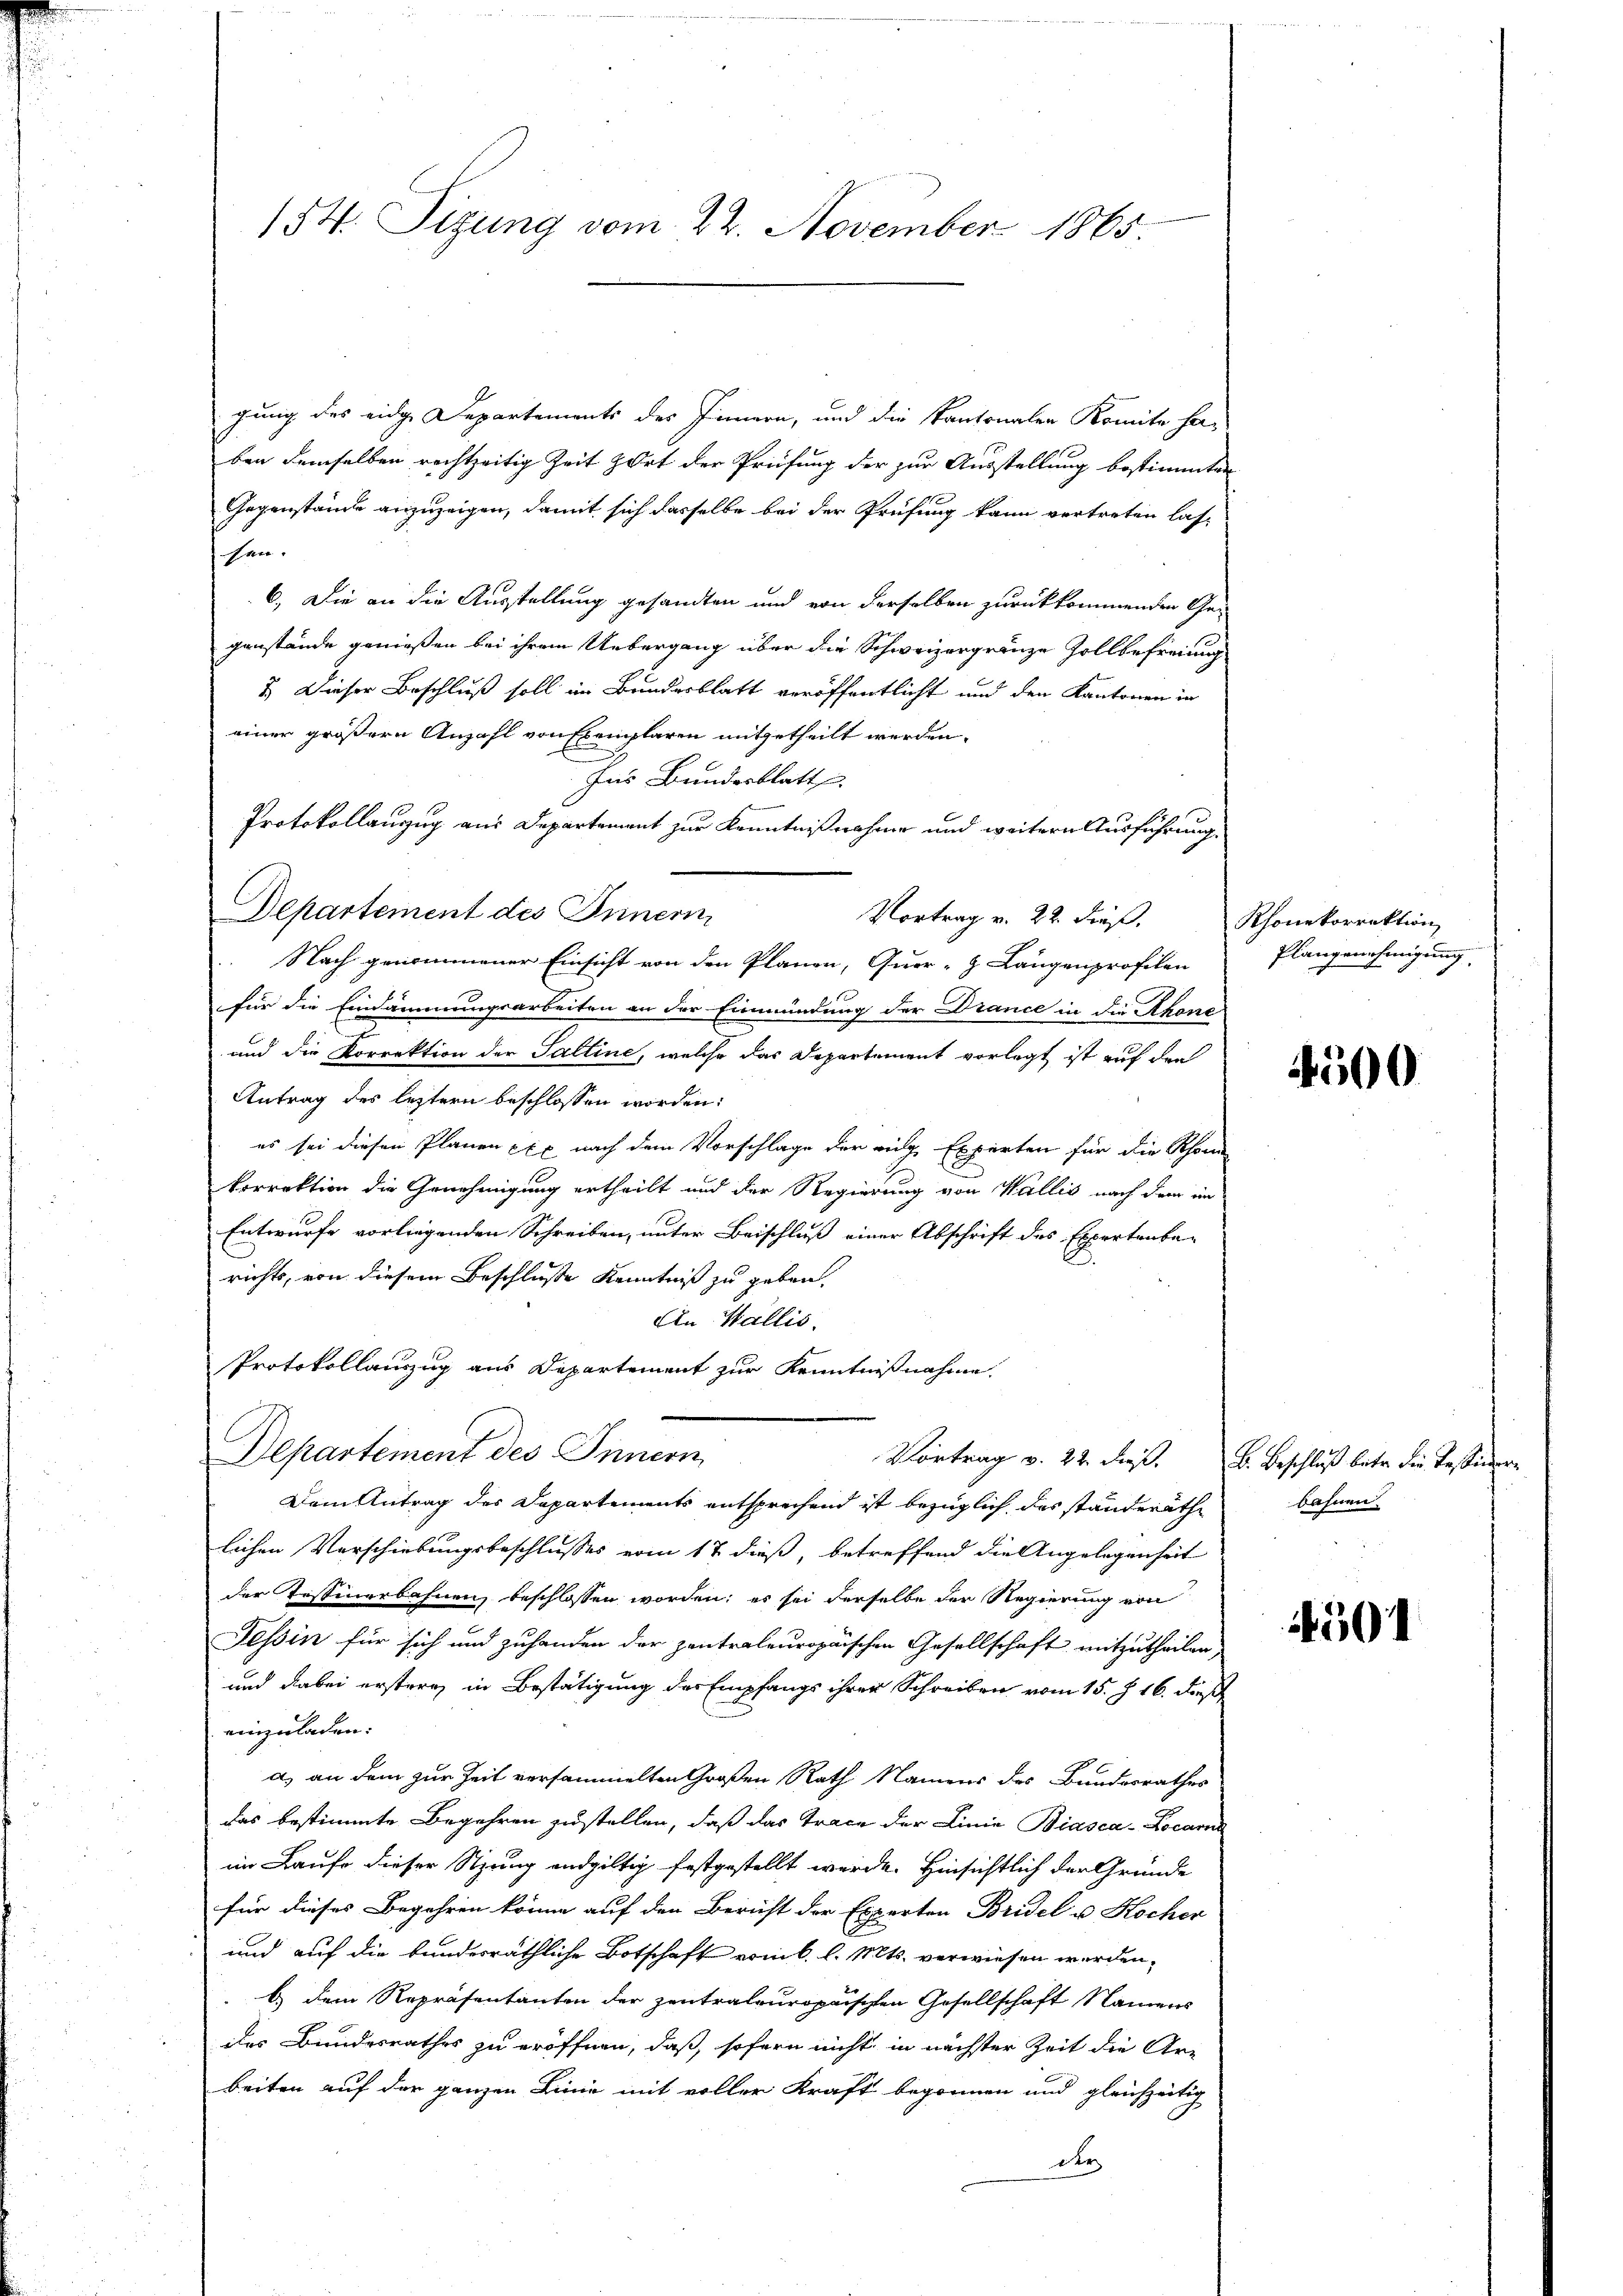
154. Sizung vom 22. November 1865.

gung des eidge Departements des Innern, und die Kantonalen Komite haben demselben rechtzeitig Zeit zort der Prüfung der zur Ausstellung bestimmten
Gegenstände anzuzeigen, damit sich dasselbe bei der Prüfung kann vertreten las-
hen.
6) Die an die Ausstellung gesandten und von derselben zurückkommenden Gegenstände genießen bei ihrem Uebergang über die Schweizergränze Zollbefreiung
2. Dieser Beschluß soll im Bunderblatt veröffentlicht und den Kantonen in
einer größere Anzahl von Exemplaren mitgetheilt werden.
Ins Bundesblatt
Protokollauszug aus Departement zur Kenntnißnahme und weitern Ausführung
Departement des Innern
Vortrag v. 22. dieβ. Rhonekorrektion
Nach genommener Einsicht von den Planen, Quar-H Längenprofilen
für die Eindämmungsarbeiten an der Einmündung der Drance in die Akone
und die Korrektion der Saltine, welche das Departement vorlegt ist auf den
Antrag des leztern beschlossen worden:
es sei diesen Planen xxx nach dem Vorschlage der eidge Experten für die Schon
korrektion die Genehmigung ertheilt und der Regierung von Wallis nach dem in
Entwurfe vorliegenden Schreiben, unter Beischluß einer Abschrift des Expertenbe-
richts, von diesem Beschluße Kenntniß zu geben.
Ein Wallis.
Protokollauszug aus Departement zur Kenntnißnahme.
Departement des Innern,
Vortrag v. 22. dieß. B. Beschluß betr. die Tessiner-
Dem Antrag des Departements entsprechend ist bezüglich des ständeräthe
lichen Verschiebungsbeschlusses vom 17 dieß, betreffend die Angelegenheit
der Testinerbahnen, beschlossen worden; es sei derselbe der Regierung von
Tessin für sich und zuhanden der zentraleuropaischen Gesellschaft mitzutheilen,
und dabei erstern in Bestätigung der Empfangs ihrer Schreiben vom 15. J. 16. dieß
einzuladen
a) an dem zur Zeit versammelten Großen Rath Namens des Bundesrathes
das bestimmte Begehren zustellen, daß das Trace der Linie Biasca-Locarn
im Laufe dieser Sitzung endgültig festgestellt werde. Hinsichtlich der Gründe
für dieses Begehren könne auf den Bericht der Experten Bridel u Kocher
und auf die bundesräthliche Botschaft vom 6. l. Mts. verwiesen werden,
b dem Repräsentanten der zentralpuropaischen Gesellschaft Namens
des Bundesrathes zu eröffnen, daß sofern nicht in nächster Zeit die Ar-
beiten auf der ganzen Linie mit voller Kraft begonnen und gleichzeitig
der

Plangenehmigung

4500

bahnen.

501